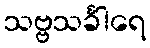
သဗ္ဗသင်္ခါရေ